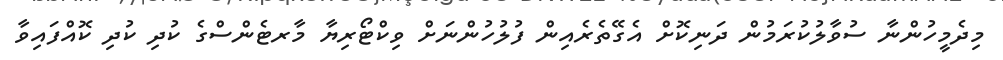
މިދެމީހުންނާ ސުވާލުކުރަމުން ދަނިކޮށް އެގޭތެރެއިން ފުލުހުންނަށް ވިކްޓޯރިޔާ މާރޓެންސްގެ ކުދި ކުދި ކޮއްފައިވާ